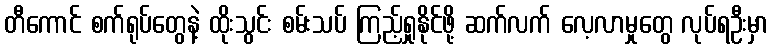
တီကောင် စက်ရုပ်တွေနဲ့ ထိုးသွင်း စမ်းသပ် ကြည့်ရှုနိုင်ဖို့ ဆက်လက် လေ့လာမှုတွေ လုပ်ရဦးမှာ